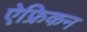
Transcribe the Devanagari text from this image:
ऐफ्रिकन